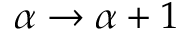
\alpha \rightarrow \alpha + 1